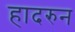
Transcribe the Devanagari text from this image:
हादरुन